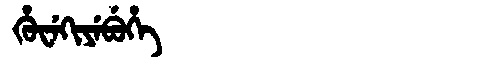
Manchu: ᡥᡠᠸᡝᡴᡳᠶᡝᠪᡠᡥᡝ
Romanization: HUWEKIYEBUHE